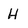
Character: H